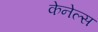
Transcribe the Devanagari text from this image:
केनेल्स